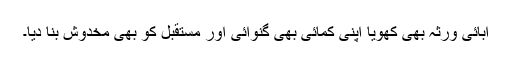
آبائی ورثہ بھی کھویا اپنی کمائی بھی گنوائی اور مستقبل کو بھی مخدوش بنا دیا۔